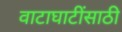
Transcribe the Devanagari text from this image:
वाटाघाटींसाठी